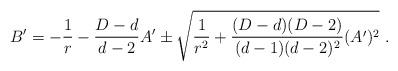
LaTeX: \begin{align*}B^\prime=-{1\over r}-{{D-d}\over{d-2}} A^\prime\pm \sqrt{{1\over r^2}+{(D-d)(D-2)\over (d-1)(d-2)^2} (A^\prime)^2 }~.\end{align*}